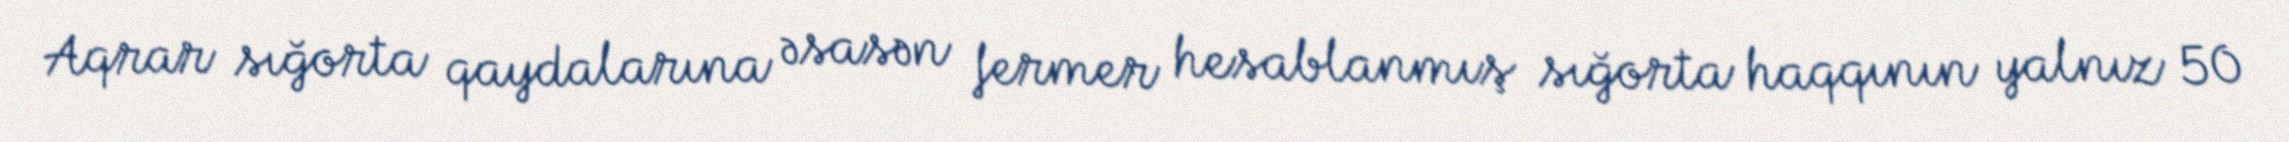
Aqrar sığorta qaydalarına əsasən fermer hesablanmış sığorta haqqının yalnız 50